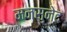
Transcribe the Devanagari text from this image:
मनसुनेद